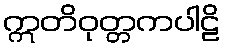
ဣတိဝုတ္တကပါဠိ